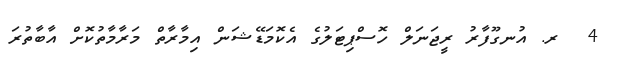
4  ރ. އުނގޫފާރު ރީޖަނަލް ހޮސްޕިޓަލުގެ އެކޮމަޑޭޝަން އިމާރާތް މަރާމާތުކޮށް އާބާތުރަ